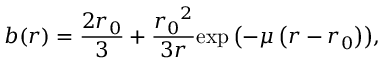
b ( r ) = \frac { 2 r _ { 0 } } { 3 } + \frac { { r _ { 0 } } ^ { 2 } } { 3 r } { \exp \left( - \mu \left( r - r _ { 0 } \right) \right) } ,